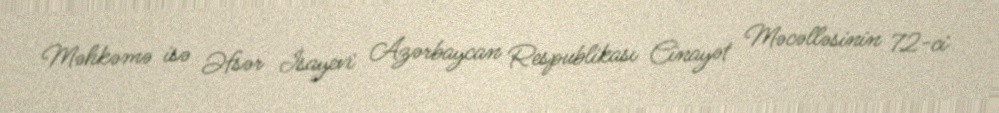
Məhkəmə isə Əfsər İsayevi Azərbaycan Respublikası Cinayət Məcəlləsinin 72-ci